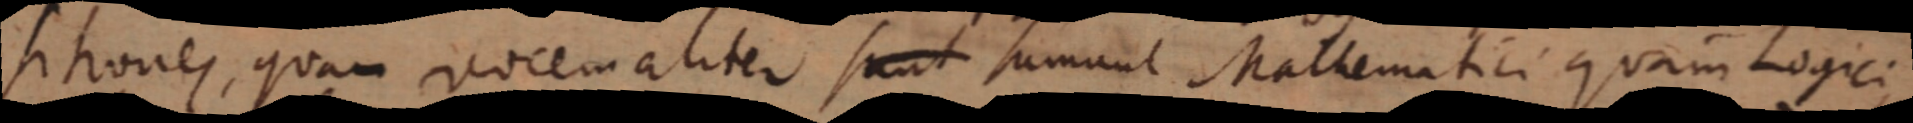
sitiones, quam vocem aliter sunt sumunt Mathematici quam Logici,